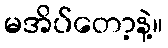
မအိပ်တော့နဲ့။